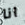
انا